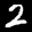
Label: 2